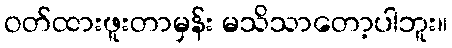
ဝတ်ထားဖူးတာမှန်း မသိသာတော့ပါဘူး။